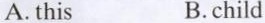
A. this B.child